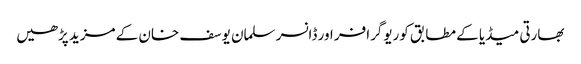
بھارتی میڈیا کے مطابق کوریوگرافر اور ڈانسر سلمان یوسف خان کے مزید پڑھیں